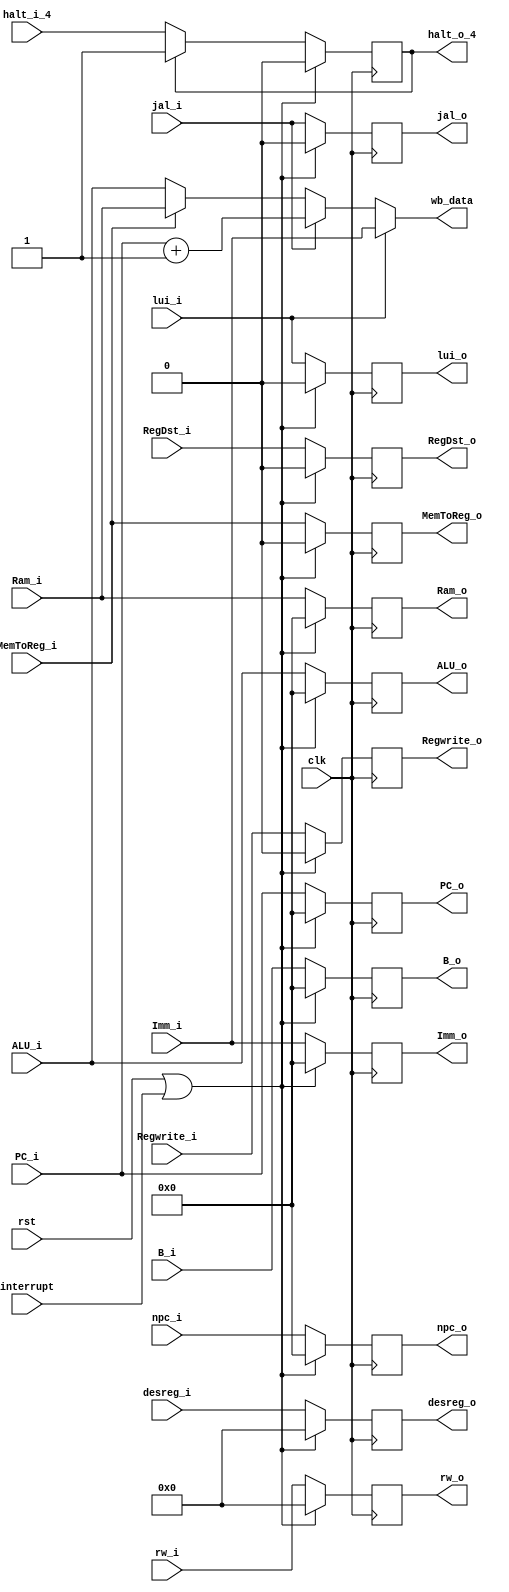
`timescale 1ns / 1ps
//////////////////////////////////////////////////////////////////////////////////
// Company: HUST
// Engineer: 
// 
// Design Name: CPU_Optimal_Streamline
// Module Name: Mem_WB
// 
//////////////////////////////////////////////////////////////////////////////////

//Mem_WB
module mem_wb(
    input       clk, rst, interrupt, halt_i_4,
    input       [4:0] rw_i,
    input       jal_i,
    input       MemToReg_i,Regwrite_i,RegDst_i,
    input       lui_i,
    input       [31:0] Imm_i,PC_i,npc_i,ALU_i, Ram_i, B_i,
    input       [4:0] desreg_i,
    output reg  halt_o_4,
    output reg  [4:0] rw_o,
    output reg  jal_o,
    output reg  MemToReg_o,Regwrite_o,RegDst_o,
    output reg  lui_o,
    output reg  [31:0] Imm_o,PC_o,npc_o, ALU_o, Ram_o, B_o,
    output reg  [4:0]   desreg_o,
    output      [31:0]  wb_data
    );
    assign wb_data =  lui_i?Imm_i
                        :(jal_i? (PC_i+1)
                             :(MemToReg_i?Ram_i:ALU_i));
    initial begin
        //WB
        rw_o <= 0;
        MemToReg_o <= 0;    //ALUMem
        jal_o <= 0;         //PC+1
        lui_o <= 0;         //LUI
        Regwrite_o <= 0;    //
        RegDst_o <= 0;      //
        //A,B,PC,IMM
        PC_o <= 0;          //NPC         
        Imm_o <= 0;            //1.ALU2.3.NPC
        ALU_o <= 0;
        Ram_o <= 0;
        B_o <= 0;//
        halt_o_4 <= 0;
        desreg_o <= 0;
        npc_o <= 0;
    end
    always @(posedge clk) begin
        if (rst|interrupt) begin
            //WB
            rw_o <= 0;
            MemToReg_o <= 0;    //ALUMem
            jal_o <= 0;         //PC+1
            lui_o <= 0;         //LUI
            Regwrite_o <= 0;    //
            RegDst_o <= 0;      //
            //A,B,PC,IMM
            PC_o <= 0;          //NPC         
            Imm_o <= 0;            //1.ALU2.3.NPC
            ALU_o <= 0;
            Ram_o <= 0;
            B_o <= 0;//
            halt_o_4 <= 0;
            desreg_o <= 0;
            npc_o <= 0;
        end
        else if(halt_o_4) begin     //halt
            //WB
            rw_o <= rw_i;
            MemToReg_o <= MemToReg_i;    //ALUMem
            jal_o <= jal_i;         //PC+1
            lui_o <= lui_i;         //LUI
            Regwrite_o <= Regwrite_i;    //
            RegDst_o <= RegDst_i;      //
            //A,B,PC,IMM
            PC_o <= PC_i;          //NPC         
            Imm_o <= Imm_i;            //1.ALU2.3.NPC
            ALU_o <= ALU_i;
            Ram_o <= Ram_i;
            B_o <= B_i;//
            halt_o_4 <= 1;
            desreg_o <= desreg_i;
            npc_o <= npc_i;
        end
        else begin
            //WB
            rw_o <= rw_i;
            MemToReg_o <= MemToReg_i;    //ALUMem
            jal_o <= jal_i;         //PC+1
            lui_o <= lui_i;         //LUI
            Regwrite_o <= Regwrite_i;    //
            RegDst_o <= RegDst_i;      //
            //A,B,PC,IMM
            PC_o <= PC_i;          //NPC         
            Imm_o <= Imm_i;            //1.ALU2.3.NPC
            ALU_o <= ALU_i;
            Ram_o <= Ram_i;
            B_o <= B_i;//
            halt_o_4 <= halt_i_4;
            desreg_o <= desreg_i;
            npc_o <= npc_i;
        end
    end
endmodule